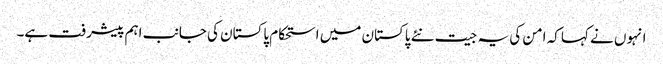
انہوں نے کہا کہ امن کی یہ جیت نئے پاکستان میں استحکام پاکستان کی جانب اہم پیشرفت ہے۔